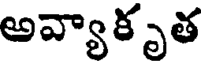
అవ్యాకృత